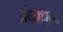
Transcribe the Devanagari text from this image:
अंधाधुन्द